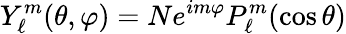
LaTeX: Y_{\ell}^{m}(\theta,\varphi)=Ne^{im\varphi}P_{\ell}^{m}(\cos{\theta})